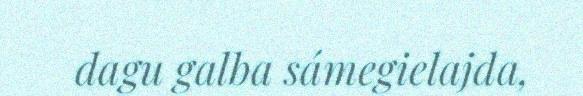
dagu galba sámegielajda,